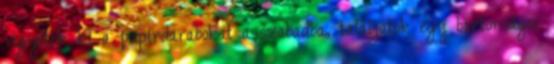
vigyétek ki a papírdarabokat a szabadba, találjatok egy biztonságos